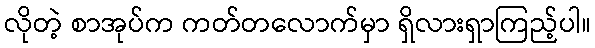
လိုတဲ့ စာအုပ်က ကတ်တလောက်မှာ ရှိလားရှာကြည့်ပါ။